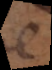
e